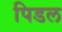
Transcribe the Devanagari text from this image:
पिडल